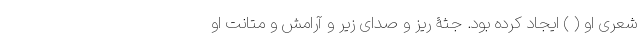
شعری او ( ) ایجاد کرده بود. جثۀ ریز و صدای زیر و آرامش و متانت او